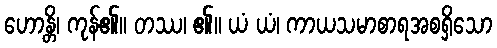
ဟောန္တိ၊ ကုန်၏။ တဿ၊ ၏။ ယံ ယံ၊ ကာယသမာစာရအစရှိသော